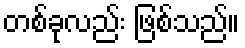
တစ်ခုလည်း ဖြစ်သည်။